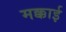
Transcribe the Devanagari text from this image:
मक्काई